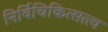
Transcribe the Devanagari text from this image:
निर्विचिकित्सत्त्व